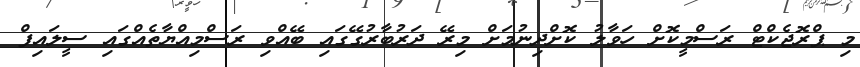
މި ޕްރޮޖެކްޓް ރަސްމީކޮށް ހަވާލު ކޮށްދިނުމަށް މިރޭ ދަރުބާރުގޭގައި ބޭއްވި ރަސްމިއްޔާތެއްގައި ސީލައިފް